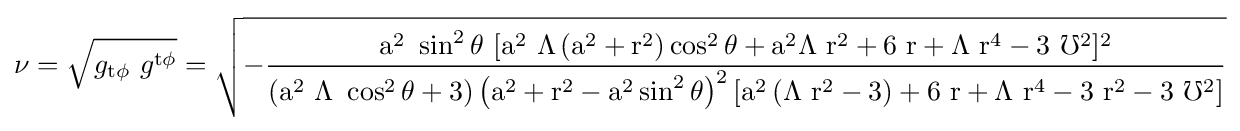
\nu ={\sqrt {g_{\rm {t\phi }}\ g^{\rm {t\phi }}}}={\rm {\sqrt {-{\frac {a^{2}\ \sin ^{2}\theta \ [a^{2}\ \Lambda \left(a^{2}+r^{2}\right)\cos ^{2}\theta +a^{2}\Lambda \ r^{2}+6\ r+\Lambda \ r^{4}-3\ \mho ^{2}]^{2}}{\left(a^{2}\ \Lambda \ \cos ^{2}\theta +3\right)\left(a^{2}+r^{2}-a^{2}\sin ^{2}\theta \right)^{2}[a^{2}\left(\Lambda \ r^{2}-3\right)+6\ r+\Lambda \ r^{4}-3\ r^{2}-3\ \mho ^{2}]}}}}}